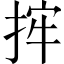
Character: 𢭂